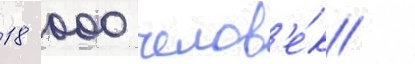
18 000 челов'е́к /